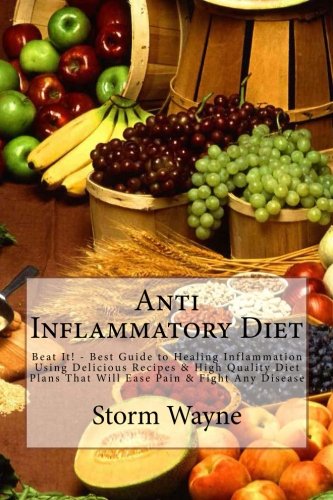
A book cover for Anti Inflammatory Diet: Beat It! - Best Guide to Healing Inflammation Using Delicious Recipes & High Quality Diet Plans That Will Ease Pain & Fight ... Diet Cookbook, Anti Inflammatory Diet Guide); Storm Wayne; Cookbooks, Food & Wine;